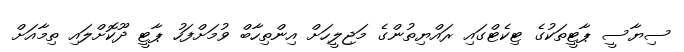
ސިޔާސީ ޕާޓީތަކުގެ ޓިކެޓްގައި ރައްޔިތުންގެ މަޖިލީހަށް އިންތިހާބް ވުމަށްފަހު ޕާޓީ ދޫކޮށްލައި ތިމާއަށް